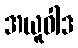
အယူဝါဒ